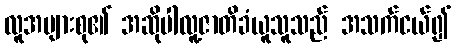
လူအများစု၏ အဆိုပါလူ့ဇာတိခံယူသူသည် အသက်ငယ်၍